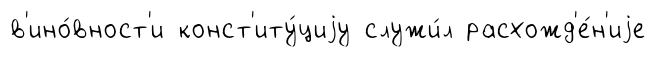
в'ино́вност'и конст'иту́циjу служи́л расхожд'е́н'иjе